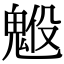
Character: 𩳇